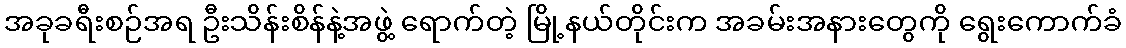
အခုခရီးစဉ်အရ ဦးသိန်းစိန်နဲ့အဖွဲ့ ရောက်တဲ့ မြို့နယ်တိုင်းက အခမ်းအနားတွေကို ရွေးကောက်ခံ